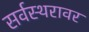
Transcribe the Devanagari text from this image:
सर्वस्थरावर